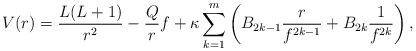
\begin{align*} V(r) = \frac{L(L+1)}{r^2} - \frac{Q}{r}f + \kappa \sum_{k=1}^m \left(B_{2k-1}\frac{r}{f^{2k-1}} + B_{2k} \frac{1}{f^{2k}}\right), \end{align*}